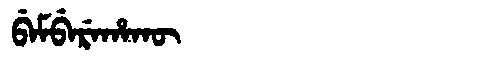
Manchu: ᠪᡝᠮᠪᡝᡵᡝᡥᠠᡴᡡ
Romanization: BEMBEREHAKŪ